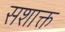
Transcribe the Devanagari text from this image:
सशाक्त